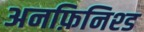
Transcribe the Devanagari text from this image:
अनफ़िनिश्ड